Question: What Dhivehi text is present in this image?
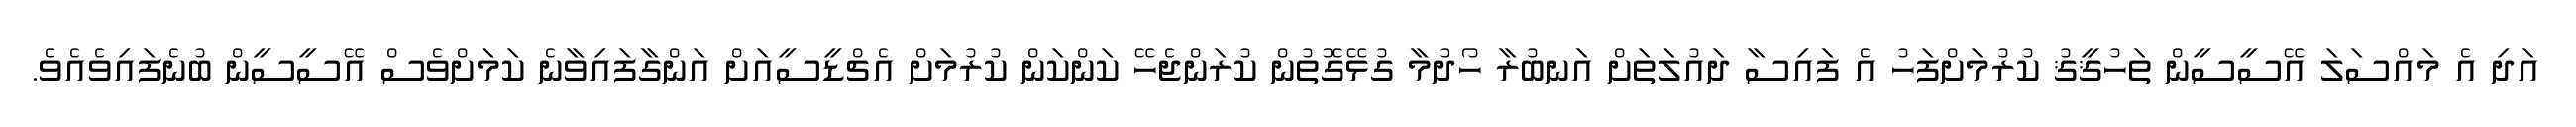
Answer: އަދި އެ މައްސަލަ އޭސީސީން ތަހުޤީޤު ކުރުމަށްފަހު އެ ފައިސާ ދައުލަތަށް އަނބުރާ ހޯދުމާ ގުޅޭގޮތުން ކުރަންޖެހޭ ކަންކަން ކުރުމަށް އެޗްޑީސީއަށް އަންގާފައިވާނެ ކަމަށްވެސް އޭސީސީން ބުނެފައިވެއެވެ.